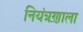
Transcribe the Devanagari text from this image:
नियंत्रणाला